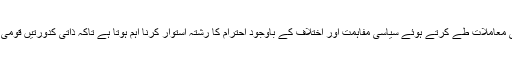
انہیں اس بات سے غرض نہیں ہے کہ ملکی معاملات طے کرتے ہوئے سیاسی مفاہمت اور اختلاف کے باوجود احترام کا رشتہ استوار کرنا اہم ہوتا ہے تاکہ ذاتی کدورتیں قومی امور میں کسی نقصان کا سبب نہ بن جائیں۔